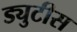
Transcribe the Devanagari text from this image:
ड्युटीस